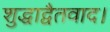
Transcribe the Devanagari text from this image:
शुद्धाद्वैतवाद।